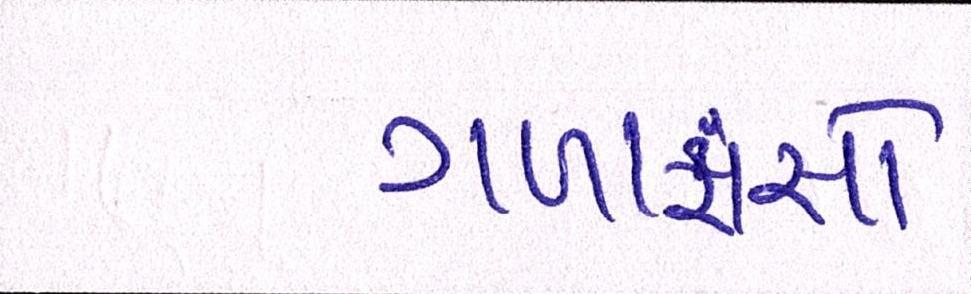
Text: ગળાફાંસો